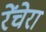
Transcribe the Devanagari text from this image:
रेंचेरा